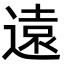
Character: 遠